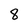
Character: 8